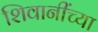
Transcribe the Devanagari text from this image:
शिवानींच्या